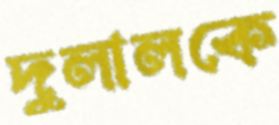
দুলালকে